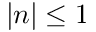
| n | \leq 1